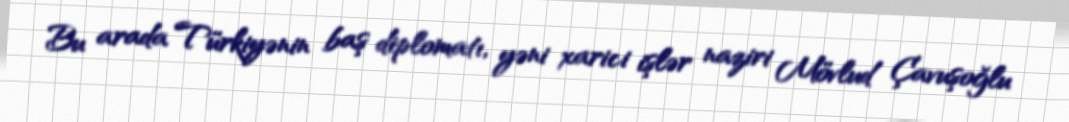
Bu arada Türkiyənin baş diplomatı, yəni xarici işlər naziri Mövlud Çavuşoğlu